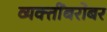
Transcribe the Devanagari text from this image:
व्यक्तींबरोबर